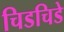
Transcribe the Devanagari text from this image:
चिडचिडे